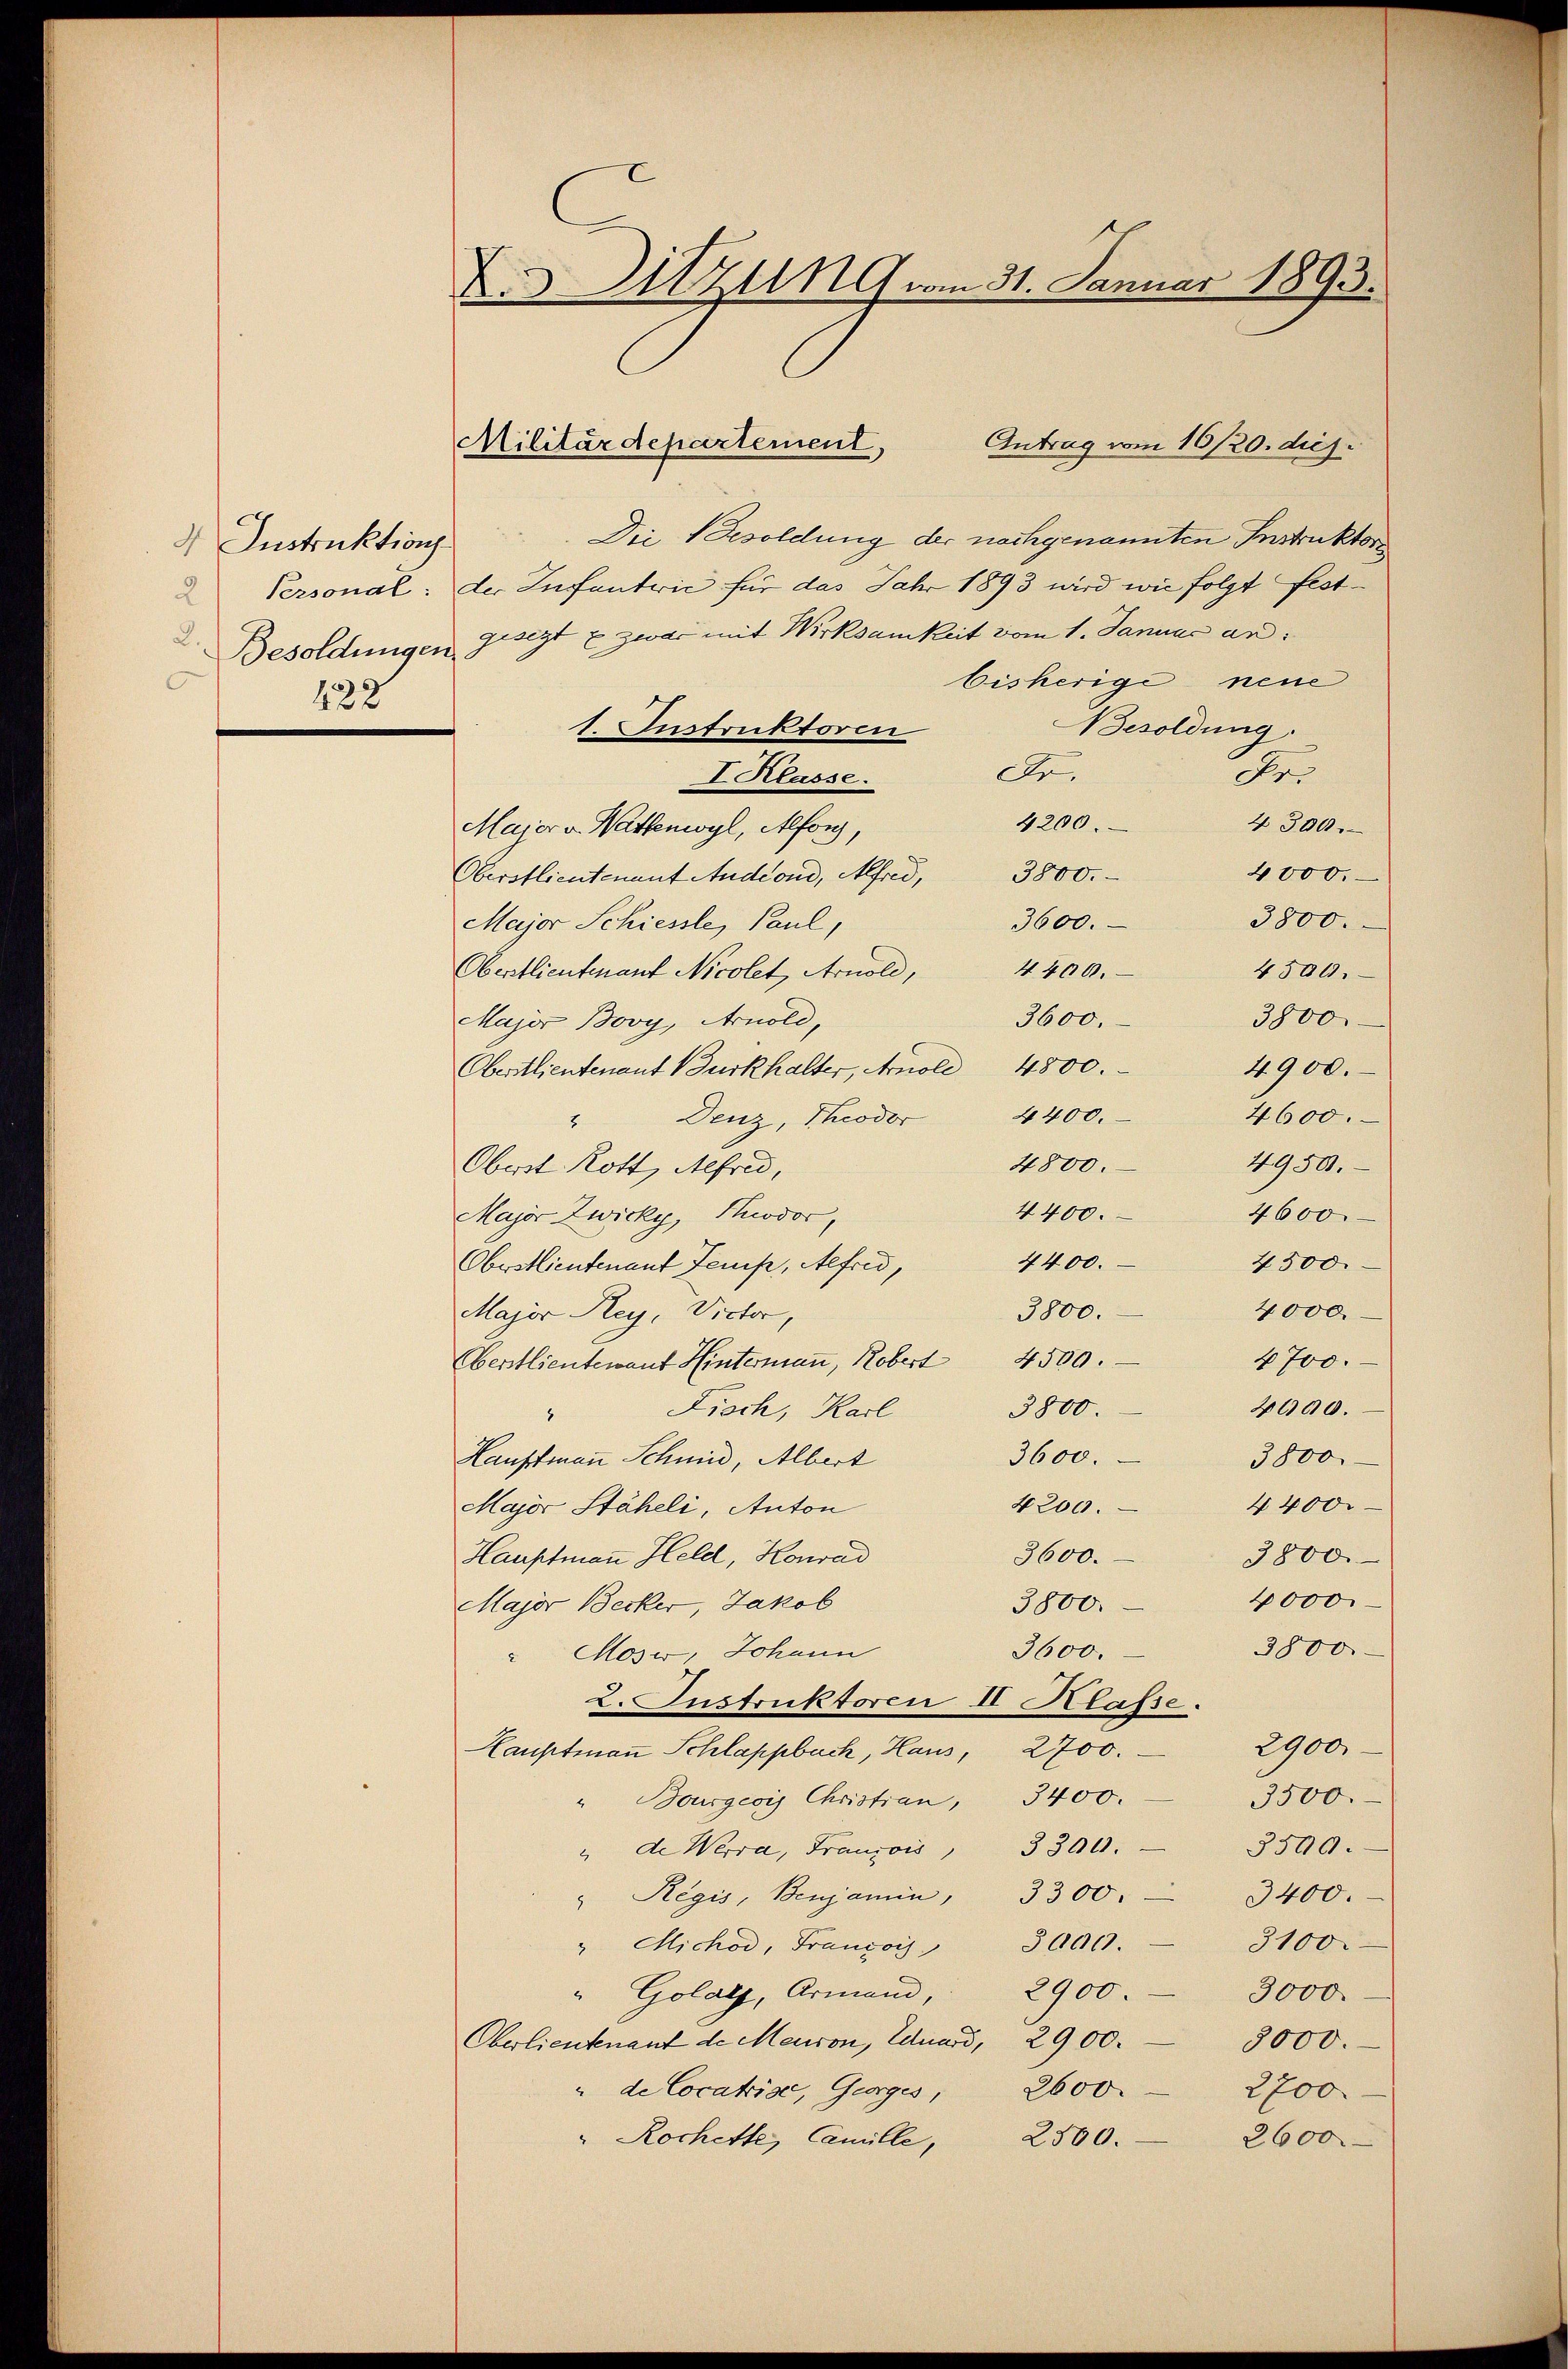
Instruktions

422

D Sitzung vom 31. Januar 1893.

Die Besoldung der nachgenannten Instruktore
Personal: der Infantvić für das Jahr 1893 wird wie folgt fest¬
Besoldungen geregt & zwar mit Wirksamkeit vom 1. Januar an:
bisherige neue
Besoldung.
1. Instruktoren
Fr.
de
I Klasse.
4200.
4300.
Major v. Wattenwyl, Alfons,
4000.
Oberstlieutenant Andern, Alfred, 3800.
3800.
600.
Major Schiessle, Paul,
4400.
4500.
Oberstlieutenant Nicolet, Arnold,
3800.
3600.
Major Bovy, Arnold,
4900.
Oberstlieutenant Burkhalter, Arnold 4800.
4600.
" Denz, Theodor 4400.
4950.
4800.
Oberst Rott, Alfred,
4400.
4600
Major Zwicky, Podor,
4400.
4500.
Oberstlieutenant Temp, Aefrid,
4000.
3800.
Major Rey, Victor,
4700.
Aenstlieutenant Hintermaṅ, Robert 4500.
2000.
3800.
Fisch, Karl

3600.
3800.
Hauptmann Schmid, Albert
4400.
4200.
Major Stäheli, Anton
3600.
Hauptmann Held, Konrad
3800.
4000.
Major Becker, Jakob
3800.
3800.
3600.
" Moss, Johann
2. Instruktoren II Klasse.
2900.
Lauptmaṅ Schlappbach, Haus, 2700.
3500.
" Bourgeois Christian, 3400.
3500.
" de Werra, Franzows 3 300.
" Regis, Benjamin 3300.
3400.
3100
" Michod, François 3000.
" Golats, Armand, 2900.
3000.
Oberlieutenant de Meuron, Eduard, 2900.
5000.
" de Cocatise, Gurges,
2600.
2700.
2500.
" Rochette, Camille,
2600

Militärdepartement

Antrag vom 16/20. diej